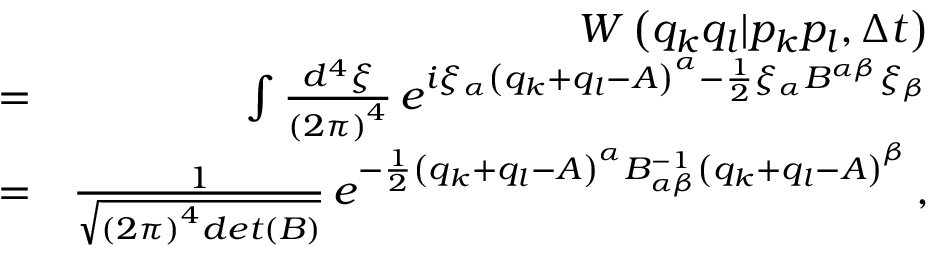
\begin{array} { r l r } & { } & { W \left( q _ { k } q _ { l } | p _ { k } p _ { l } , \Delta t \right) } \\ & { = } & { \int \frac { d ^ { 4 } \xi } { \left( 2 \pi \right) ^ { 4 } } \, e ^ { i \xi _ { \alpha } \left( q _ { k } + q _ { l } - A \right) ^ { \alpha } - \frac { 1 } { 2 } \xi _ { \alpha } B ^ { \alpha \beta } \xi _ { \beta } } } \\ & { = } & { \frac { 1 } { \sqrt { \left( 2 \pi \right) ^ { 4 } d e t \left( B \right) } } \, e ^ { - \frac { 1 } { 2 } \left( q _ { k } + q _ { l } - A \right) ^ { \alpha } B _ { \alpha \beta } ^ { - 1 } \left( q _ { k } + q _ { l } - A \right) ^ { \beta } } \, , } \end{array}